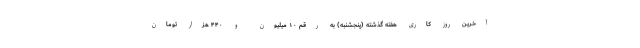
آخرین روز کاری هفته گذشته (پنجشنبه) به رقم ۱۰ میلیون و ۴۴۰ هزار تومان